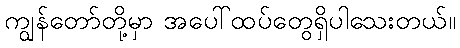
ကျွန်တော်တို့မှာ အပေါ်ထပ်တွေရှိပါသေးတယ်။